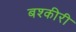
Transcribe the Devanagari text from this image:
बश्कीरी